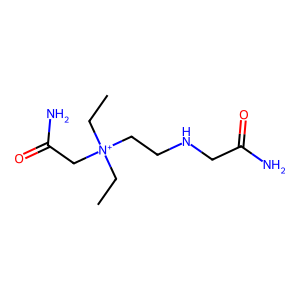
SMILES: CC[N+](CC)(CCNCC(N)=O)CC(N)=O
Inhibits HIV replication: No